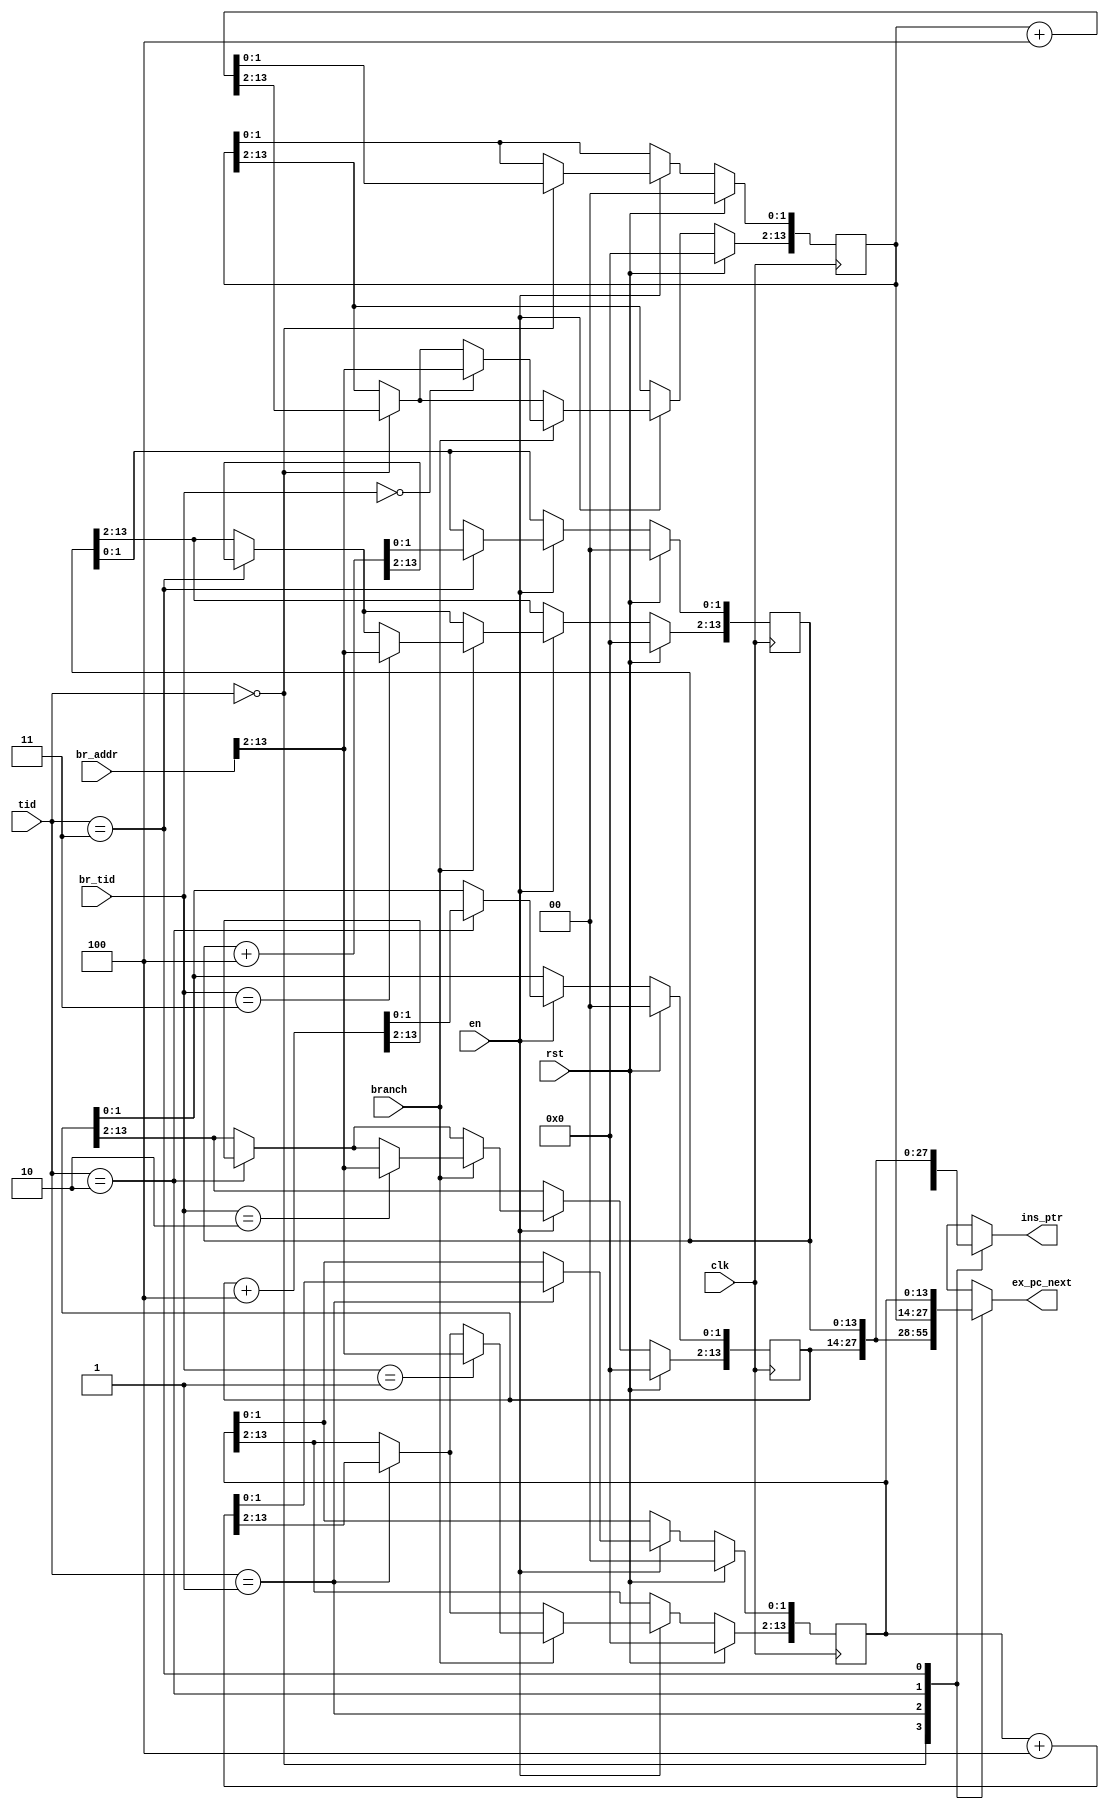
`timescale 1ns / 1ps
//////////////////////////////////////////////////////////////////////////////////
// Company: 
// Engineer: 
// 
// Design Name: 
// Module Name:    IP_4way 
// Project Name: 
// Target Devices: 
// Tool versions: 
// Description: 
//
// Dependencies: 
//
// Revision: 
// Revision 0.01 - File Created
// Additional Comments: 
//
//////////////////////////////////////////////////////////////////////////////////
module IP_4way(
		input [1:0] tid,
		output [13:0] ins_ptr,
		input [1:0] br_tid,
		input [13:0] br_addr,
		input branch,
		input clk,
		input rst,
		input en,
		output [13:0] ex_pc_next
    );
	 
	 reg [13:0] ip0;
	 reg [13:0] ip1;
	 reg [13:0] ip2;
	 reg [13:0] ip3;
	 
	 reg [13:0] ip_out;
	 assign ins_ptr = ip_out;
	 
	 reg [13:0] ex_pc_next_out;
	 assign ex_pc_next = ex_pc_next_out;
	 
	 always @(*)
	 begin
		case (tid)
			2'd0: begin
				ip_out = ip0;
				ex_pc_next_out = ip2;
				end
			2'd1: begin
				ip_out = ip1;
				ex_pc_next_out = ip3;
				end
			2'd2: begin
				ip_out = ip2;
				ex_pc_next_out = ip0;
				end
			2'd3:	begin
				ip_out = ip3;
				ex_pc_next_out = ip1;
				end
		endcase
	 end
	 
	 always @(posedge clk)
	 begin
		if (rst)
		begin
			ip0 <= 0;
			ip1 <= 0;
			ip2 <= 0;
			ip3 <= 0;
		end
		else if (en)
		begin
			case (tid)
				2'd0:	ip0 <= ip0 + 4;
				2'd1: ip1 <= ip1 + 4;
				2'd2: ip2 <= ip2 + 4;
				2'd3:	ip3 <= ip3 + 4;
			endcase
			if (branch)
			begin
				case (br_tid)
					2'd0:	ip0[13:2] <= br_addr[13:2];
					2'd1: ip1[13:2] <= br_addr[13:2];
					2'd2: ip2[13:2] <= br_addr[13:2];
					2'd3:	ip3[13:2] <= br_addr[13:2];
				endcase
			end
		end
	 end


endmodule